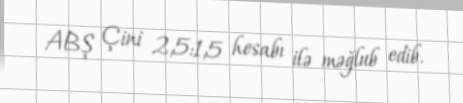
ABŞ Çini 2,5:1,5 hesabı ilə məğlub edib.